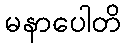
မနာပေါတိ